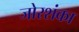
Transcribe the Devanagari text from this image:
जोरशंका